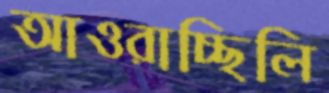
আওরাচ্ছিলি